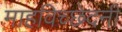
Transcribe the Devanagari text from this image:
माहविच्छेदनी